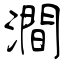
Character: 澗